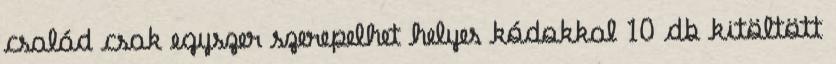
család csak egyszer szerepelhet helyes kódokkal 10 db kitöltött